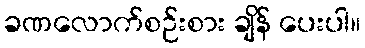
ခဏလောက်စဉ်းစား ချိန် ပေးပါ။